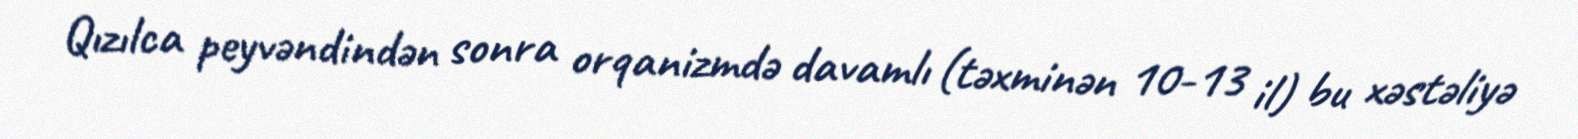
Qızılca peyvəndindən sonra orqanizmdə davamlı (təxminən 10-13 il) bu xəstəliyə